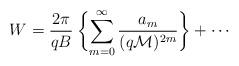
LaTeX: \begin{align*}W=\frac{2\pi}{qB}\:\biggl\{\sum^{\infty}_{m=0} \frac{a_m}{(q{\cal M})^{2m}}\biggr\}+\cdots \end{align*}